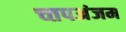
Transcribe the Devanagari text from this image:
च्तपअंजम